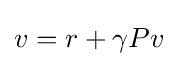
v=r+\gamma Pv